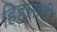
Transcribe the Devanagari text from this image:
हिहलानी